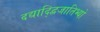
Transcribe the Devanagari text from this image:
दद्याद्द्विजातिभ्यो